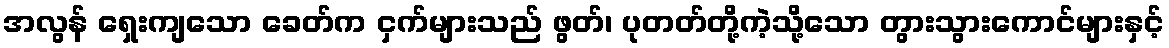
အလွန် ရှေးကျသော ခေတ်က ငှက်များသည် ဖွတ်၊ ပုတတ်တို့ကဲ့သို့သော တွားသွားကောင်များနှင့်